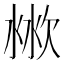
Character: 𣶙